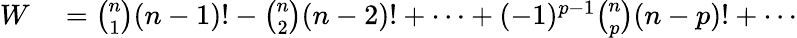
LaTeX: \begin{array}{rl}{W}&{{}={\binom{n}{1}}(n-1)!-{\binom{n}{2}}(n-2)!+\cdots+(-1)^{p-1}{\binom{n}{p}}(n-p)!+\cdots}\end{array}